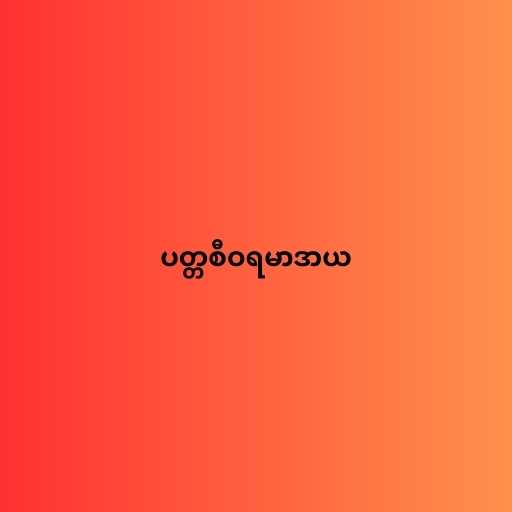
ပတ္တစီဝရမာဒာယ